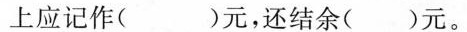
上应记作( )元，还结余( )元。